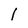
Character: l